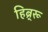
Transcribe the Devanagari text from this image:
हिब्र्रू